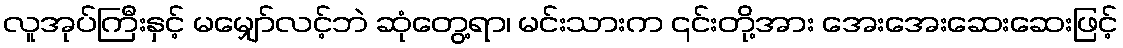
လူအုပ်ကြီးနှင့် မမျှော်လင့်ဘဲ ဆုံတွေ့ရာ၊ မင်းသားက ၎င်းတို့အား အေးအေးဆေးဆေးဖြင့်